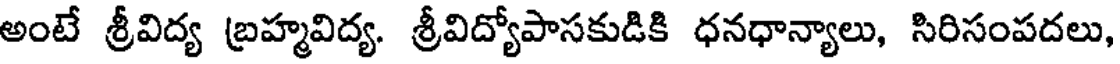
అంటే శ్రీవిద్య బ్రహ్మవిద్య. శ్రీవిద్యోపాసకుడికి ధనధాన్యాలు, సిరిసంపదలు,